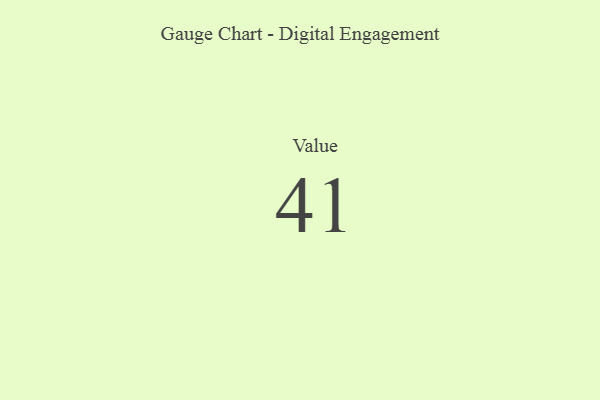
{"axis": {"x": "Metric", "y": "Value"}, "legend": [""], "data": [{"x": "Value", "y": 41, "type": ""}]}